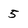
Character: 5